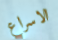
الاسراع